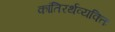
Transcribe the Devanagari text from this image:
कांतिरर्थव्यक्तिः